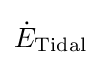
{\dot {E}}_{\text{Tidal}}